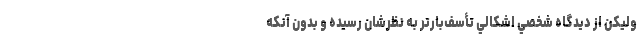
وليكن از ديدگاه شخصي اشكالي تأسف‌بارتر به نظرشان رسيده و بدون آنكه